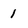
Character: 1